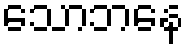
သောဘနေ